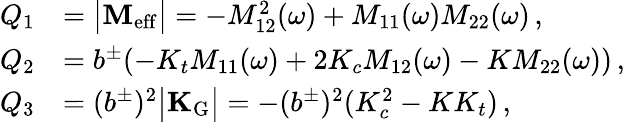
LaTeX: \begin{array}{rl}{Q_{1}}&{=\big|\mathbf{M_{\mathrm{eff}}}\big|=-M_{12}^{2}(\omega)+M_{11}(\omega)M_{22}(\omega)\, ,}\\ {Q_{2}}&{=b^{\pm}(-K_{t}M_{11}(\omega)+2K_{c}M_{12}(\omega)-KM_{22}(\omega))\, ,}\\ {Q_{3}}&{=(b^{\pm})^{2}\big|\mathbf{K_{\mathrm{G}}}\big|=-(b^{\pm})^{2}(K_{c}^{2}-KK_{t})\, ,}\end{array}